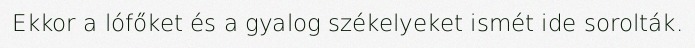
Ekkor a lófőket és a gyalog székelyeket ismét ide sorolták.